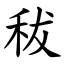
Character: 秡